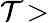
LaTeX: \mathcal{T}\! >